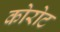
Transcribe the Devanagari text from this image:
कोरोट